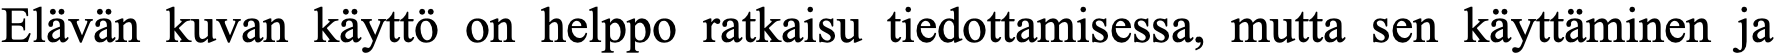
Elävän kuvan käyttö on helppo ratkaisu tiedottamisessa, mutta sen käyttäminen ja